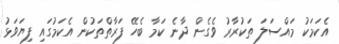
އެކަމަކު މައްސަލަ ތަކުރާރު ވެގެން ދާނެ ކަމާ ބެހޭ ފަރާތްތަކުން އެކަމުގައި ފިޔަވަޅު